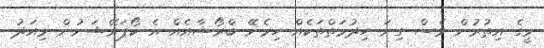
މީގެ އިތުރުން ވެސް ގިނަ ހިދުމަތްތަކެއް ހިމެނޭ ބްރޯޝާއެއް އެ ކޯޕަރޭޝަނުން މިއަދު